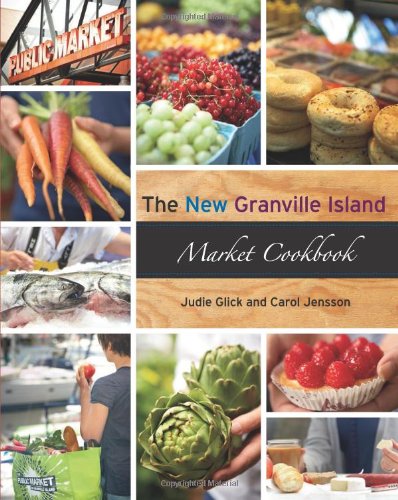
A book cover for The New Granville Island Market Cookbook; Carol Jensson; Cookbooks, Food & Wine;